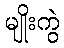
မျိုးကွဲ